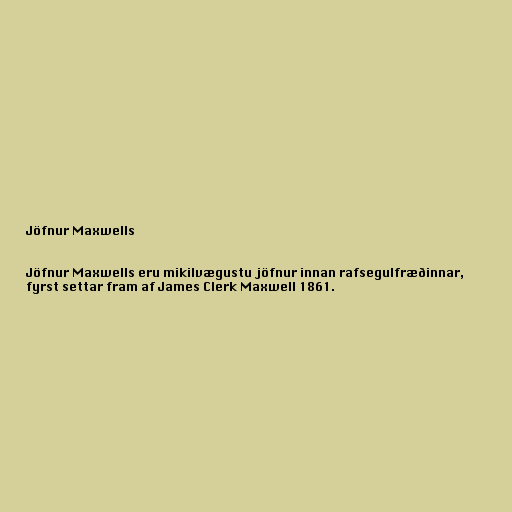
Jöfnur Maxwells

Jöfnur Maxwells eru mikilvægustu jöfnur innan rafsegulfræðinnar,
fyrst settar fram af James Clerk Maxwell 1861.